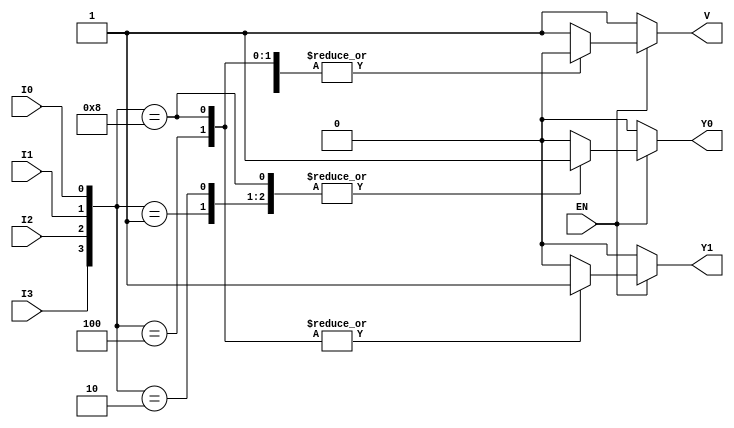
module encoder_4to2 (
    input wire EN,     // Enable signal
    input wire I0,     // Input 0
    input wire I1,     // Input 1
    input wire I2,     // Input 2
    input wire I3,     // Input 3
    output reg Y0,     // Output 0
    output reg Y1,     // Output 1
    output reg V       // Invalid output
);

always @(*) begin
    if (!EN) begin
        // When EN is low, set outputs to defined state
        Y0 = 0;
        Y1 = 0;
        V = 1; // Invalid state
    end else begin
        // When EN is high, determine the output based on inputs
        case ({I3, I2, I1, I0})
            4'b0000: begin
                Y0 = 0;
                Y1 = 0;
                V = 1; // Invalid state
            end
            4'b0001: begin
                Y0 = 1;
                Y1 = 0;
                V = 0; // Valid output
            end
            4'b0010: begin
                Y0 = 1;
                Y1 = 0;
                V = 0; // Valid output
            end
            4'b0100: begin
                Y0 = 0;
                Y1 = 1;
                V = 0; // Valid output
            end
            4'b1000: begin
                Y0 = 1;
                Y1 = 1;
                V = 0; // Valid output
            end
            default: begin
                // Handle the case where multiple inputs are active
                Y0 = 0;
                Y1 = 0;
                V = 1; // Invalid state
            end
        endcase
    end
end

endmodule